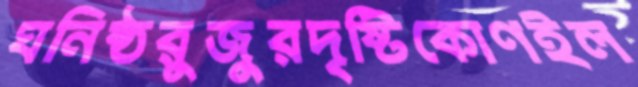
ঘনিষ্ঠরুজুরদৃষ্টিকোণইল